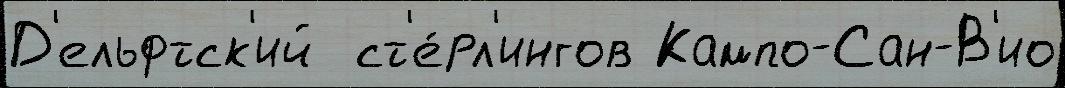
Д'ельфтск'ий  ст'е́рл'ингов Кампо-Сан-В'ио